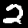
Digit: 2